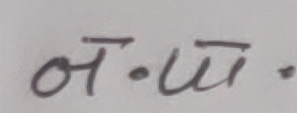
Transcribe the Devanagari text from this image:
ने . ऊँ .